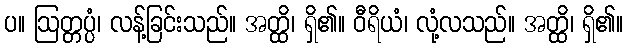
ပ။ ဩတ္တပ္ပံ၊ လန့်ခြင်းသည်။ အတ္ထိ၊ ရှိ၏။ ဝီရိယံ၊ လုံ့လသည်။ အတ္ထိ၊ ရှိ၏။